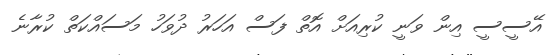
އޭސީސީ އިން ވަނީ ކުރިއަށް އޮތް ފަސް އަހަރު ދުވަހު މަސައްކަތް ކުރާނެ